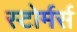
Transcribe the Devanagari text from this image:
स्टोर्मर्स